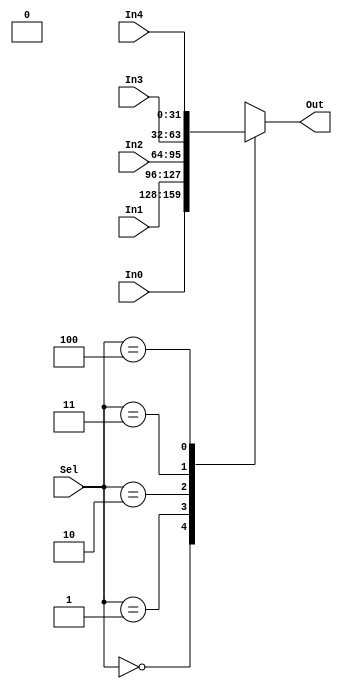
module mux_PCSrc(Out,Sel,In0,In1,In2,In3,In4); 

input [31:0] In0,In1,In2,In3,In4; //entradas de 32 bits
input [2:0] Sel; //seletor de 3 bits
output [31:0] Out; //saida de 32 bits

reg [31:0] Out; 

//Check the state of the input lines 

always @ (In0 or In1 or In2 or In3 or In4 or Sel) 

begin 

 case (Sel) 

  3'b000 : Out = In0; 

  3'b001 : Out = In1; 

  3'b010 : Out = In2; 

  3'b011 : Out = In3; 

  3'b100 : Out = In4; 

  default : Out = 31'bx; 

  //If input is undefined then output is undefined 

 endcase 

end  

endmodule